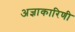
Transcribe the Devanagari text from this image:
अज्ञाकारिणी